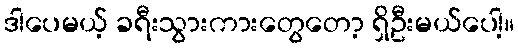
ဒါပေမယ့် ခရီးသွားကားတွေတော့ ရှိဦးမယ်ပေါ့။